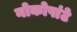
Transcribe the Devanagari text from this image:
नोकोपांटे